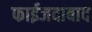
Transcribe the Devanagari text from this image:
फाईजदाबाद